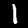
Digit: 1